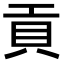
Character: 貢